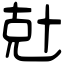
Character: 兙